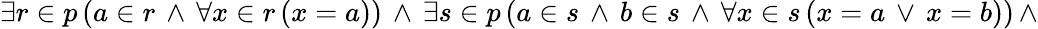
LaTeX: \exists r\in p\, (a\in r\, \land\, \forall x\in r\, (x=a))\, \land\, \exists s\in p\, (a\in s\, \land\, b\in s\, \land\, \forall x\in s\, (x=a\, \lor\, x=b))\, \land